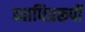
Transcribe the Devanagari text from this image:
व्याधिप्ररूपों